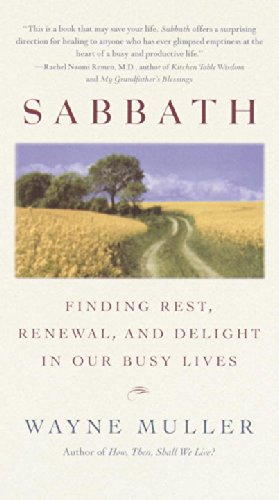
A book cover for Sabbath: Finding Rest, Renewal, and Delight in Our Busy Lives; Wayne Muller; Christian Books & Bibles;